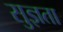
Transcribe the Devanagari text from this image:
सुज्ञता